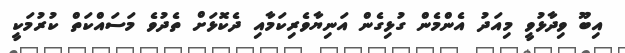
އިބޫ ވިދާޅުވީ މިއަދު އެންމެން ގުޅިގެން އަނިޔާވެރިކަމާއި ދެކޮޅަށް ތެދުވެ މަސައްކަތް ކުުރުމަކީ